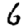
Digit: 6